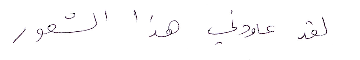
لقد عاودني هذا الشعور